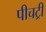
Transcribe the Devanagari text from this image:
पीचट्री